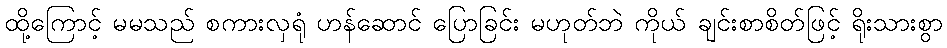
ထို့ကြောင့် မမသည် စကားလှရုံ ဟန်ဆောင် ပြောခြင်း မဟုတ်ဘဲ ကိုယ် ချင်းစာစိတ်ဖြင့် ရိုးသားစွာ